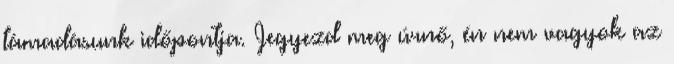
támadásunk időpontja. Jegyezd meg úrnő, én nem vagyok az